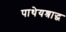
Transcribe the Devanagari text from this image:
पाथेयश्राद्ध